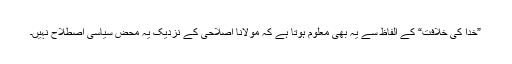
”خدا کی خلافت“ کے الفاظ سے یہ بھی معلوم ہوتا ہے کہ مولانا اصلاحی کے نزدیک یہ محض سیاسی اصطلاح نہیں۔